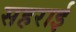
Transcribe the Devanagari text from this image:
सहराई